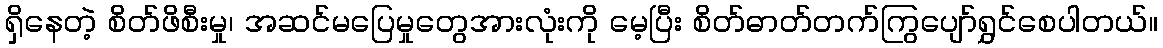
ရှိနေတဲ့ စိတ်ဖိစီးမှု၊ အဆင်မပြေမှုတွေအားလုံးကို မေ့ပြီး စိတ်ဓာတ်တက်ကြွပျော်ရွှင်စေပါတယ်။